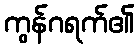
ကွန်ဂရက်၏